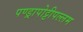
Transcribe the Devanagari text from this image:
पण्ड्रापोट्टीपल्लम